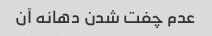
عدم چفت شدن دهانه آن